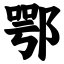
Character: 鄂